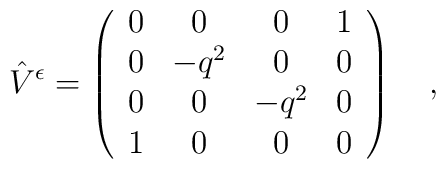
\hat{V}^{\epsilon}= \left( \begin{array}{cccc}                            0 & 0 & 0 & 1 \\                            0& -q^2 & 0 & 0 \\                            0 & 0& -q^2 & 0 \\                            1 & 0 & 0 & 0                           \end{array} \right) \quad , \quad